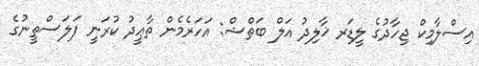
އިސްލާމިކް ޖިހާދުގެ ލީޑަރ ޚާލިދު އަލް ބަޠްޝް: އަހަރެމެން ތާޢީދު ކުރަނީ ފަލަސްތީނުގެ